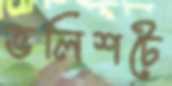
ভলিশটে